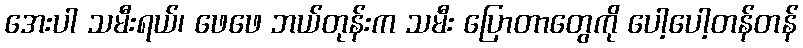
အေးပါ သမီးရယ်၊ ဖေဖေ ဘယ်တုန်းက သမီး ပြောတာတွေကို ပေါ့ပေါ့တန်တန်